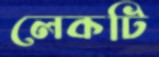
লেকটি